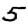
Digit: 5